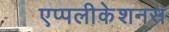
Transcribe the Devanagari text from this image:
एप्पलीकेशनस